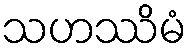
သဟဿိမံ